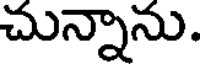
చున్నాను.